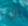
إن